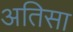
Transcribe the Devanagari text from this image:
अतिसा